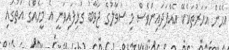
އެހެން އަހަރުތަކެކޭ އެއްފަދައިންވެސް މި ސުވާލުގެ ޖަވާބު ގުޅިފައިވަނީ އެ މީހެއްގެ އަތުގައި